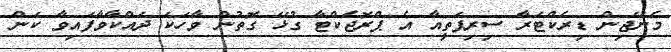
މެނޭޖިން ޑިރެކްޓަރާ ސިރިޕަތީއާ އެ ޕްރޮޖެކްޓާ ގުޅޭ ގޮތުން ވާހަކަ ދައްކާވާފައިވާ ކަން